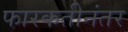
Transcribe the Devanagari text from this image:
फारकतीनंतर